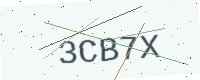
Text: 3CB7X